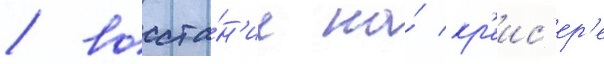
/ восста́н'ие на́ кр'еис'ер'е